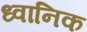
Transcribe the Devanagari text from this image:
ध्‍वानिक